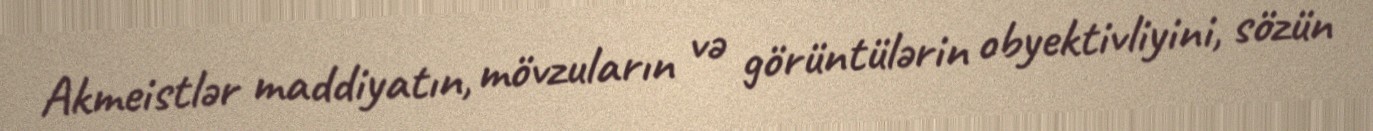
Akmeistlər maddiyatın, mövzuların və görüntülərin obyektivliyini, sözün